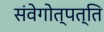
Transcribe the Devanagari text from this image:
संवेगोत्पत्ति